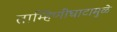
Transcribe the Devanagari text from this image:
ताम्हिणीघाटामुळे